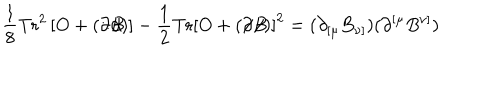
\frac { 1 } { 8 } \mathrm { T r } ^ { 2 } \left[ O + \left( \partial \! \! \! / B \! \! \! \! / \right) \right] - \frac { 1 } { 2 } \mathrm { T r } \left[ O + \left( \partial \! \! \! / B \! \! \! \! / \right) \right] ^ { 2 } = ( \partial _ { \lbrack \mu } B _ { \nu ] } ) ( \partial ^ { \lbrack \mu } B ^ { \nu ] } )